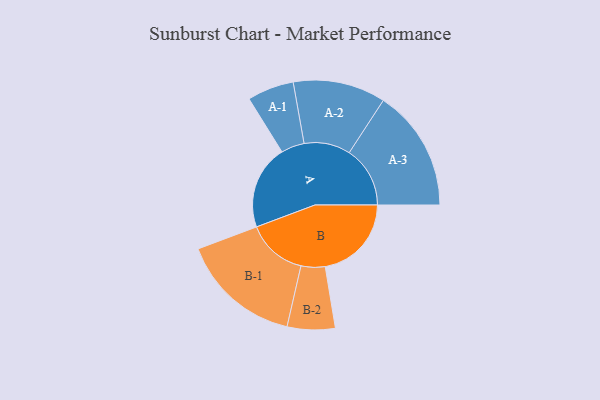
{"axis": {"x": "Segment", "y": "Value"}, "legend": ["", "A", "B"], "data": [{"x": "A", "y": 415, "type": ""}, {"x": "B", "y": 425, "type": ""}, {"x": "A-1", "y": 115, "type": "A"}, {"x": "A-2", "y": 228, "type": "A"}, {"x": "A-3", "y": 300, "type": "A"}, {"x": "B-1", "y": 298, "type": "B"}, {"x": "B-2", "y": 118, "type": "B"}]}